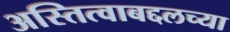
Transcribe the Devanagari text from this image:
अस्तित्वाबद्दलच्या